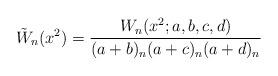
LaTeX: \begin{align*} \tilde{W}_n(x^2)=\frac{W_n(x^2;a,b,c,d)}{(a+b)_n(a+c)_n(a+d)_n} \end{align*}